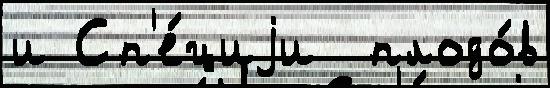
и Сп'е́циjи  плодо́в